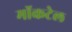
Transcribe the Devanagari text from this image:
मॉकटेल